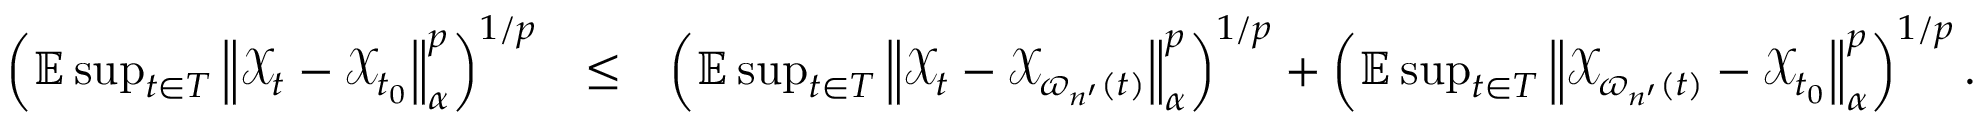
\begin{array} { r l r } { \left( \mathbb { E } \operatorname* { s u p } _ { t \in T } \left\Vert \mathcal { X } _ { t } - \mathcal { X } _ { t _ { 0 } } \right\Vert _ { \alpha } ^ { p } \right) ^ { 1 / p } } & { \leq } & { \left( \mathbb { E } \operatorname* { s u p } _ { t \in T } \left\Vert \mathcal { X } _ { t } - \mathcal { X } _ { \varpi _ { n ^ { \prime } } ( t ) } \right\Vert _ { \alpha } ^ { p } \right) ^ { 1 / p } + \left( \mathbb { E } \operatorname* { s u p } _ { t \in T } \left\Vert \mathcal { X } _ { \varpi _ { n ^ { \prime } } ( t ) } - \mathcal { X } _ { t _ { 0 } } \right\Vert _ { \alpha } ^ { p } \right) ^ { 1 / p } . } \end{array}